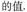
的值.